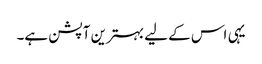
یہی اس کے لیے بہترین آپشن ہے۔